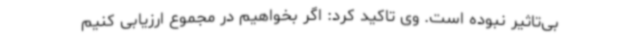
بی‌تاثیر نبوده است. وی تاکید کرد: اگر بخواهیم در مجموع ارزیابی کنیم